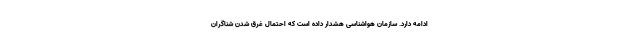
ادامه دارد. سازمان هواشناسی هشدار داده است که احتمال غرق شدن شناگران